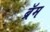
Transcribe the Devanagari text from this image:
ब्रॅम